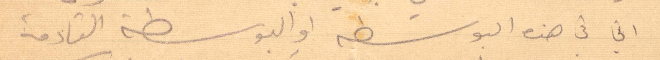
اني في هذه البوسطة والبوسطة القادمة